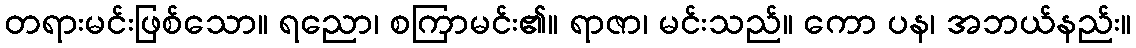
တရားမင်းဖြစ်သော။ ရညော၊ စကြာမင်း၏။ ရာဇာ၊ မင်းသည်။ ကော ပန၊ အဘယ်နည်း။